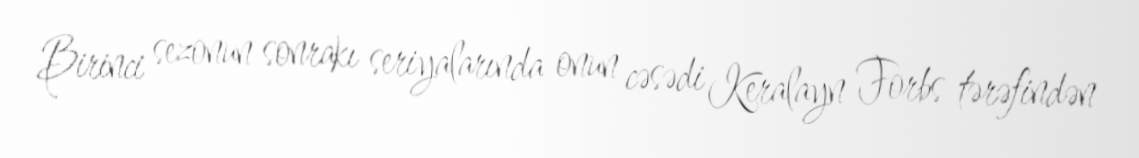
Birinci sezonun sonrakı seriyalarında onun cəsədi Keralayn Forbs tərəfindən